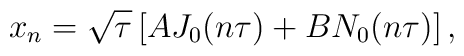
x_n = \sqrt{\tau} \left[ A J_0(n\tau) + B N_0(n\tau)\right],